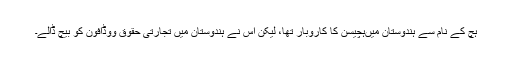
ہچ کے نام سے ہندوستان میںہچیسن کا کاروبار تھا، لیکن اس نے ہندوستان میں تجارتی حقوق ووڈافون کو بیچ ڈالے۔